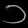
Digit: ၁